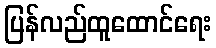
ပြန်လည်ထူထောင်ရေး